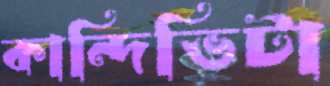
কান্দিভিটা